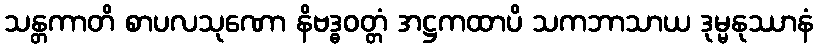
သန္တကာတိ စာပလသုဏော နိဗဒ္ဓဝတ္တံ အဋ္ဌကထာပိ သကဘာသာယ ဒုမ္မနုဿာနံ